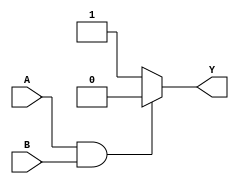
module nand_gate (output reg Y,input A,input B);
always @(A or B) begin
	if (A==1 && B==1)
		Y=0;
	else 
		Y=1;
	
end 
endmodule